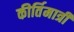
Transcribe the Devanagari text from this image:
कीर्तिमात्री